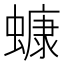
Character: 䗧